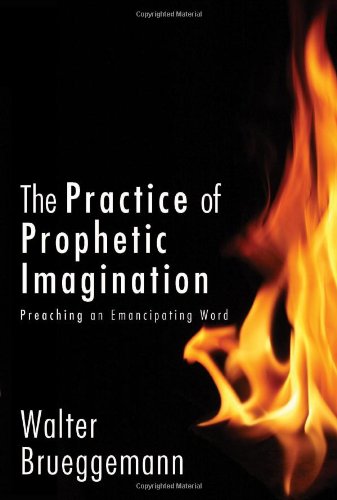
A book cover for The Practice of Prophetic Imagination: Preaching an Emancipating Word; Walter Brueggemann; Christian Books & Bibles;